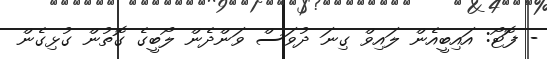
- ފޮޓޯ: އައިބީއެން ލައިވް ގިނަ ދުވަސް ވަންދެން ލޯބީގެ ގޮތުން ގުޅިގެން